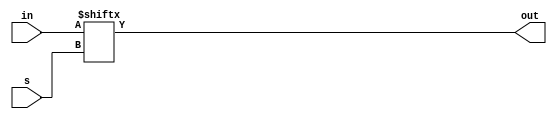
module fourbitmuxindex(in, s, out);
	input wire[3: 0] in;
	input wire[1: 0] s;
	output wire out;
	assign out = in[s];
endmodule